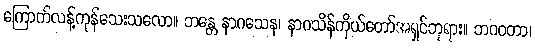
ကြောက်လန့်ကုန်သေးသလော။ ဘန္တေ နာဂသေန၊ နာဂသိန်ကိုယ်တော်အရှင်ဘုရား။ ဘဂဝတာ၊